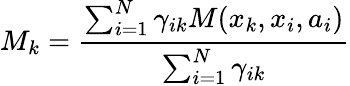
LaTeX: M_{k}=\frac{\sum_{i=1}^{N}\gamma_{ik}M(x_{k},x_{i},a_{i})}{\sum_{i=1}^{N}\gamma_{ik}}